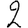
Digit: 2